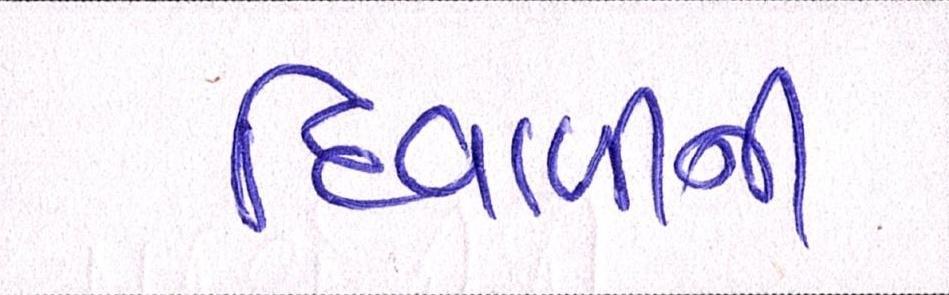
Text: દિવાળીની